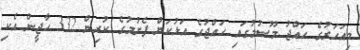
މިއަހަރުގެ ހައްޖު މޫސުމުގައި ހައްޖުގެ އަޅުކަން ފެށުމުގެ ކުރިން 332 ހާޖީން އެކި